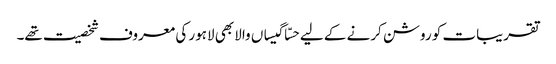
تقریبات کو روشن کرنے کے لیے حسّا گیساں والا بھی لاہور کی معروف شخصیت تھے۔